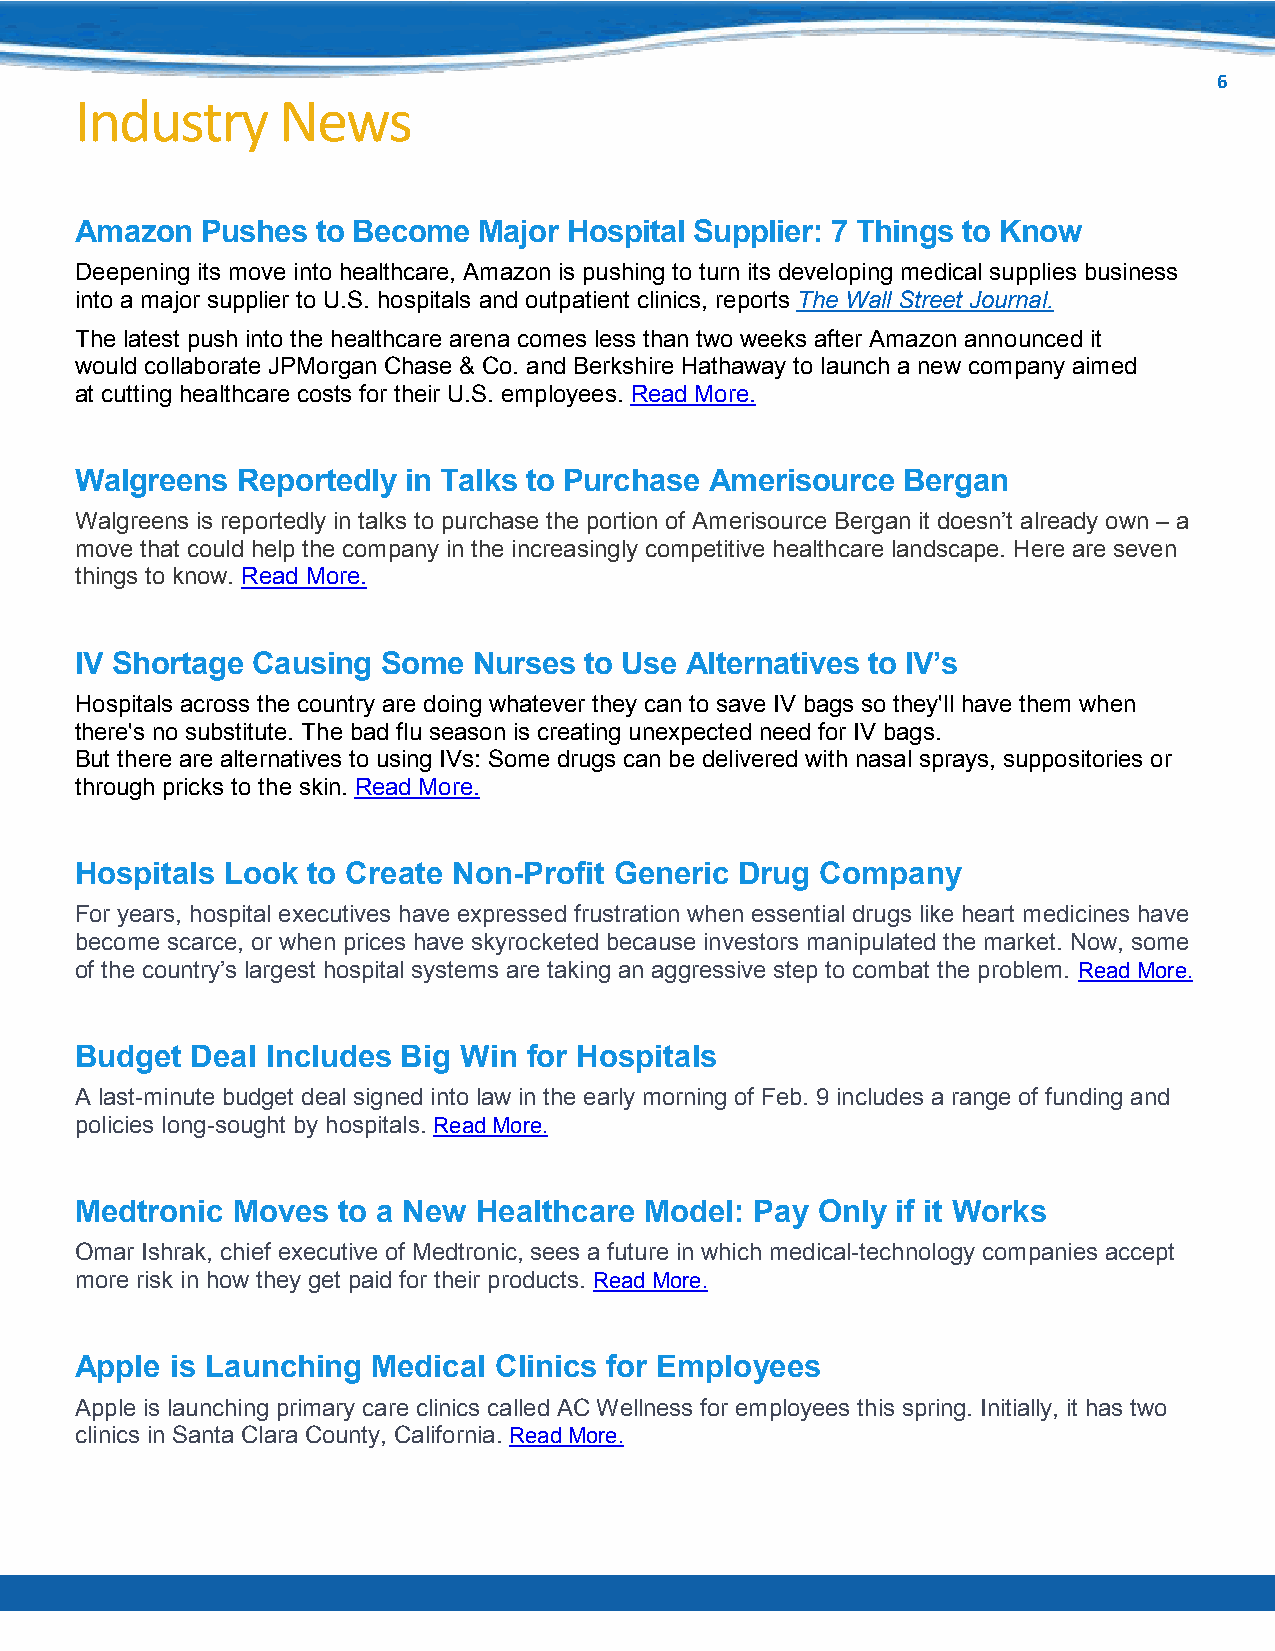
6
 Industry     News
 Amazon  Pushes  to Become  Major Hospital Supplier: 7 Things to Know
 Deepening its move into healthcare, Amazon is pushing to turn its developing medical supplies business
 into a major supplier to U.S. hospitals and outpatient clinics, reports The Wall Street Journal.
 The latest push into the healthcare arena comes less than two weeks after Amazon announced it
 would collaborate JPMorgan Chase & Co. and Berkshire Hathaway to launch a new company aimed
 at cutting healthcare costs for their U.S. employees. Read More.
 Walgreens  Reportedly in Talks to Purchase Amerisource Bergan
 Walgreens is reportedly in talks to purchase the portion of Amerisource Bergan it doesn’t already own – a
 move that could help the company in the increasingly competitive healthcare landscape. Here are seven
 things to know. Read More.
 IV Shortage Causing Some  Nurses  to Use Alternatives to IV’s
 Hospitals across the country are doing whatever they can to save IV bags so they'll have them when
 there's no substitute. The bad flu season is creating unexpected need for IV bags.
 But there are alternatives to using IVs: Some drugs can be delivered with nasal sprays, suppositories or
 through pricks to the skin. Read More.
 Hospitals Look to Create Non-Profit Generic Drug Company
 For years, hospital executives have expressed frustration when essential drugs like heart medicines have
 become scarce, or when prices have skyrocketed because investors manipulated the market. Now, some
 of the country’s largest hospital systems are taking an aggressive step to combat the problem. Read More.
 Budget  Deal Includes Big Win for Hospitals
 A last-minute budget deal signed into law in the early morning of Feb. 9 includes a range of funding and
 policies long-sought by hospitals. Read More.
 Medtronic Moves  to a New  Healthcare Model: Pay Only if it Works
 Omar Ishrak, chief executive of Medtronic, sees a future in which medical-technology companies accept
 more risk in how they get paid for their products. Read More.
 Apple is Launching  Medical Clinics for Employees
 Apple is launching primary care clinics called AC Wellness for employees this spring. Initially, it has two
 clinics in Santa Clara County, California. Read More.
 http://w ww.ahrmmchicagometro.com